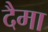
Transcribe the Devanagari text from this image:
दैमा